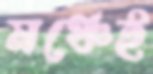
মঞ্চেই